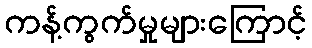
ကန့်ကွက်မှုများကြောင့်